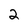
Character: 2